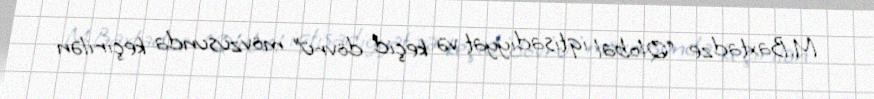
M.Baxtadze “Qlobal iqtisadiyyat və keçid dövrü” mövzusunda keçirilən